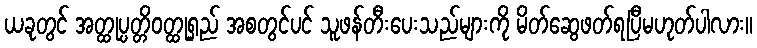
ယခုတွင် အတ္ထုပ္ပတ္တိဝတ္ထုရှည် အစတွင်ပင် သူဖန်တီးပေးသည်များကို မိတ်ဆွေဖတ်ရပြီမဟုတ်ပါလား။